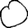
Digit: 0